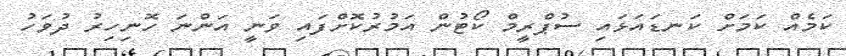
ކަމެއް ކަމަށް ކަނޑައަޅައި ސުޕްރީމް ކޯޓުން އަމުރުކޮށްފައި ވަނީ އަންނަ ހޮނިހިރު ދުވަހު